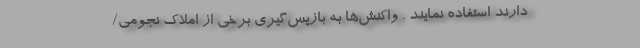
دارند استفاده نمایند . واکنش‌ها به بازپس‌گیری برخی از املاک نجومی/